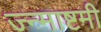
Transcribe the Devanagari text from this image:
ज्न्माष्टमी